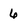
Character: 6